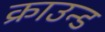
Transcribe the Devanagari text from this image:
क्राउन्ड